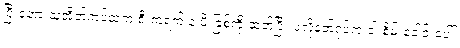
ပြီးတော့ သူ့အိတ်ကပ်ထဲက စီးကရက် နဲ့ မီးခြစ်ကို ထုတ်ပြီး ပဲလို့နတ်ရုပ်က ဝါးစိမ်းခေါင်းပေါ်